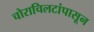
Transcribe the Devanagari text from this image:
चोराचिलटांपासून